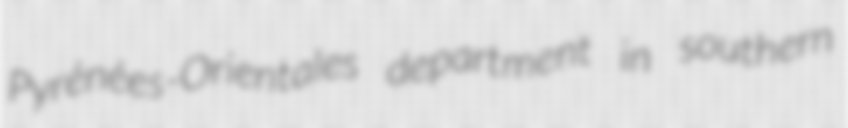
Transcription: Pyrénées-Orientales department in southern